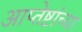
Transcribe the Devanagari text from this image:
आप्‍तेष्टांच्या